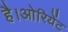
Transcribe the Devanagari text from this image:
है।ओरियेंट